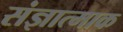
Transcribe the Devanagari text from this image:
संज्ञात्माक